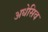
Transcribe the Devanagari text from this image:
अधेसिव